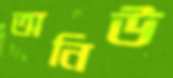
অনিউ